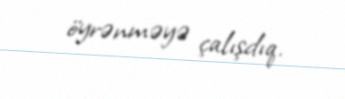
öyrənməyə çalışdıq.